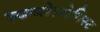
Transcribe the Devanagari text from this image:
स्य्म्बोलोगिस्ट